65_HS1-834228961_62-HQ-83894_Section_10
Agency: FBI
Page 37
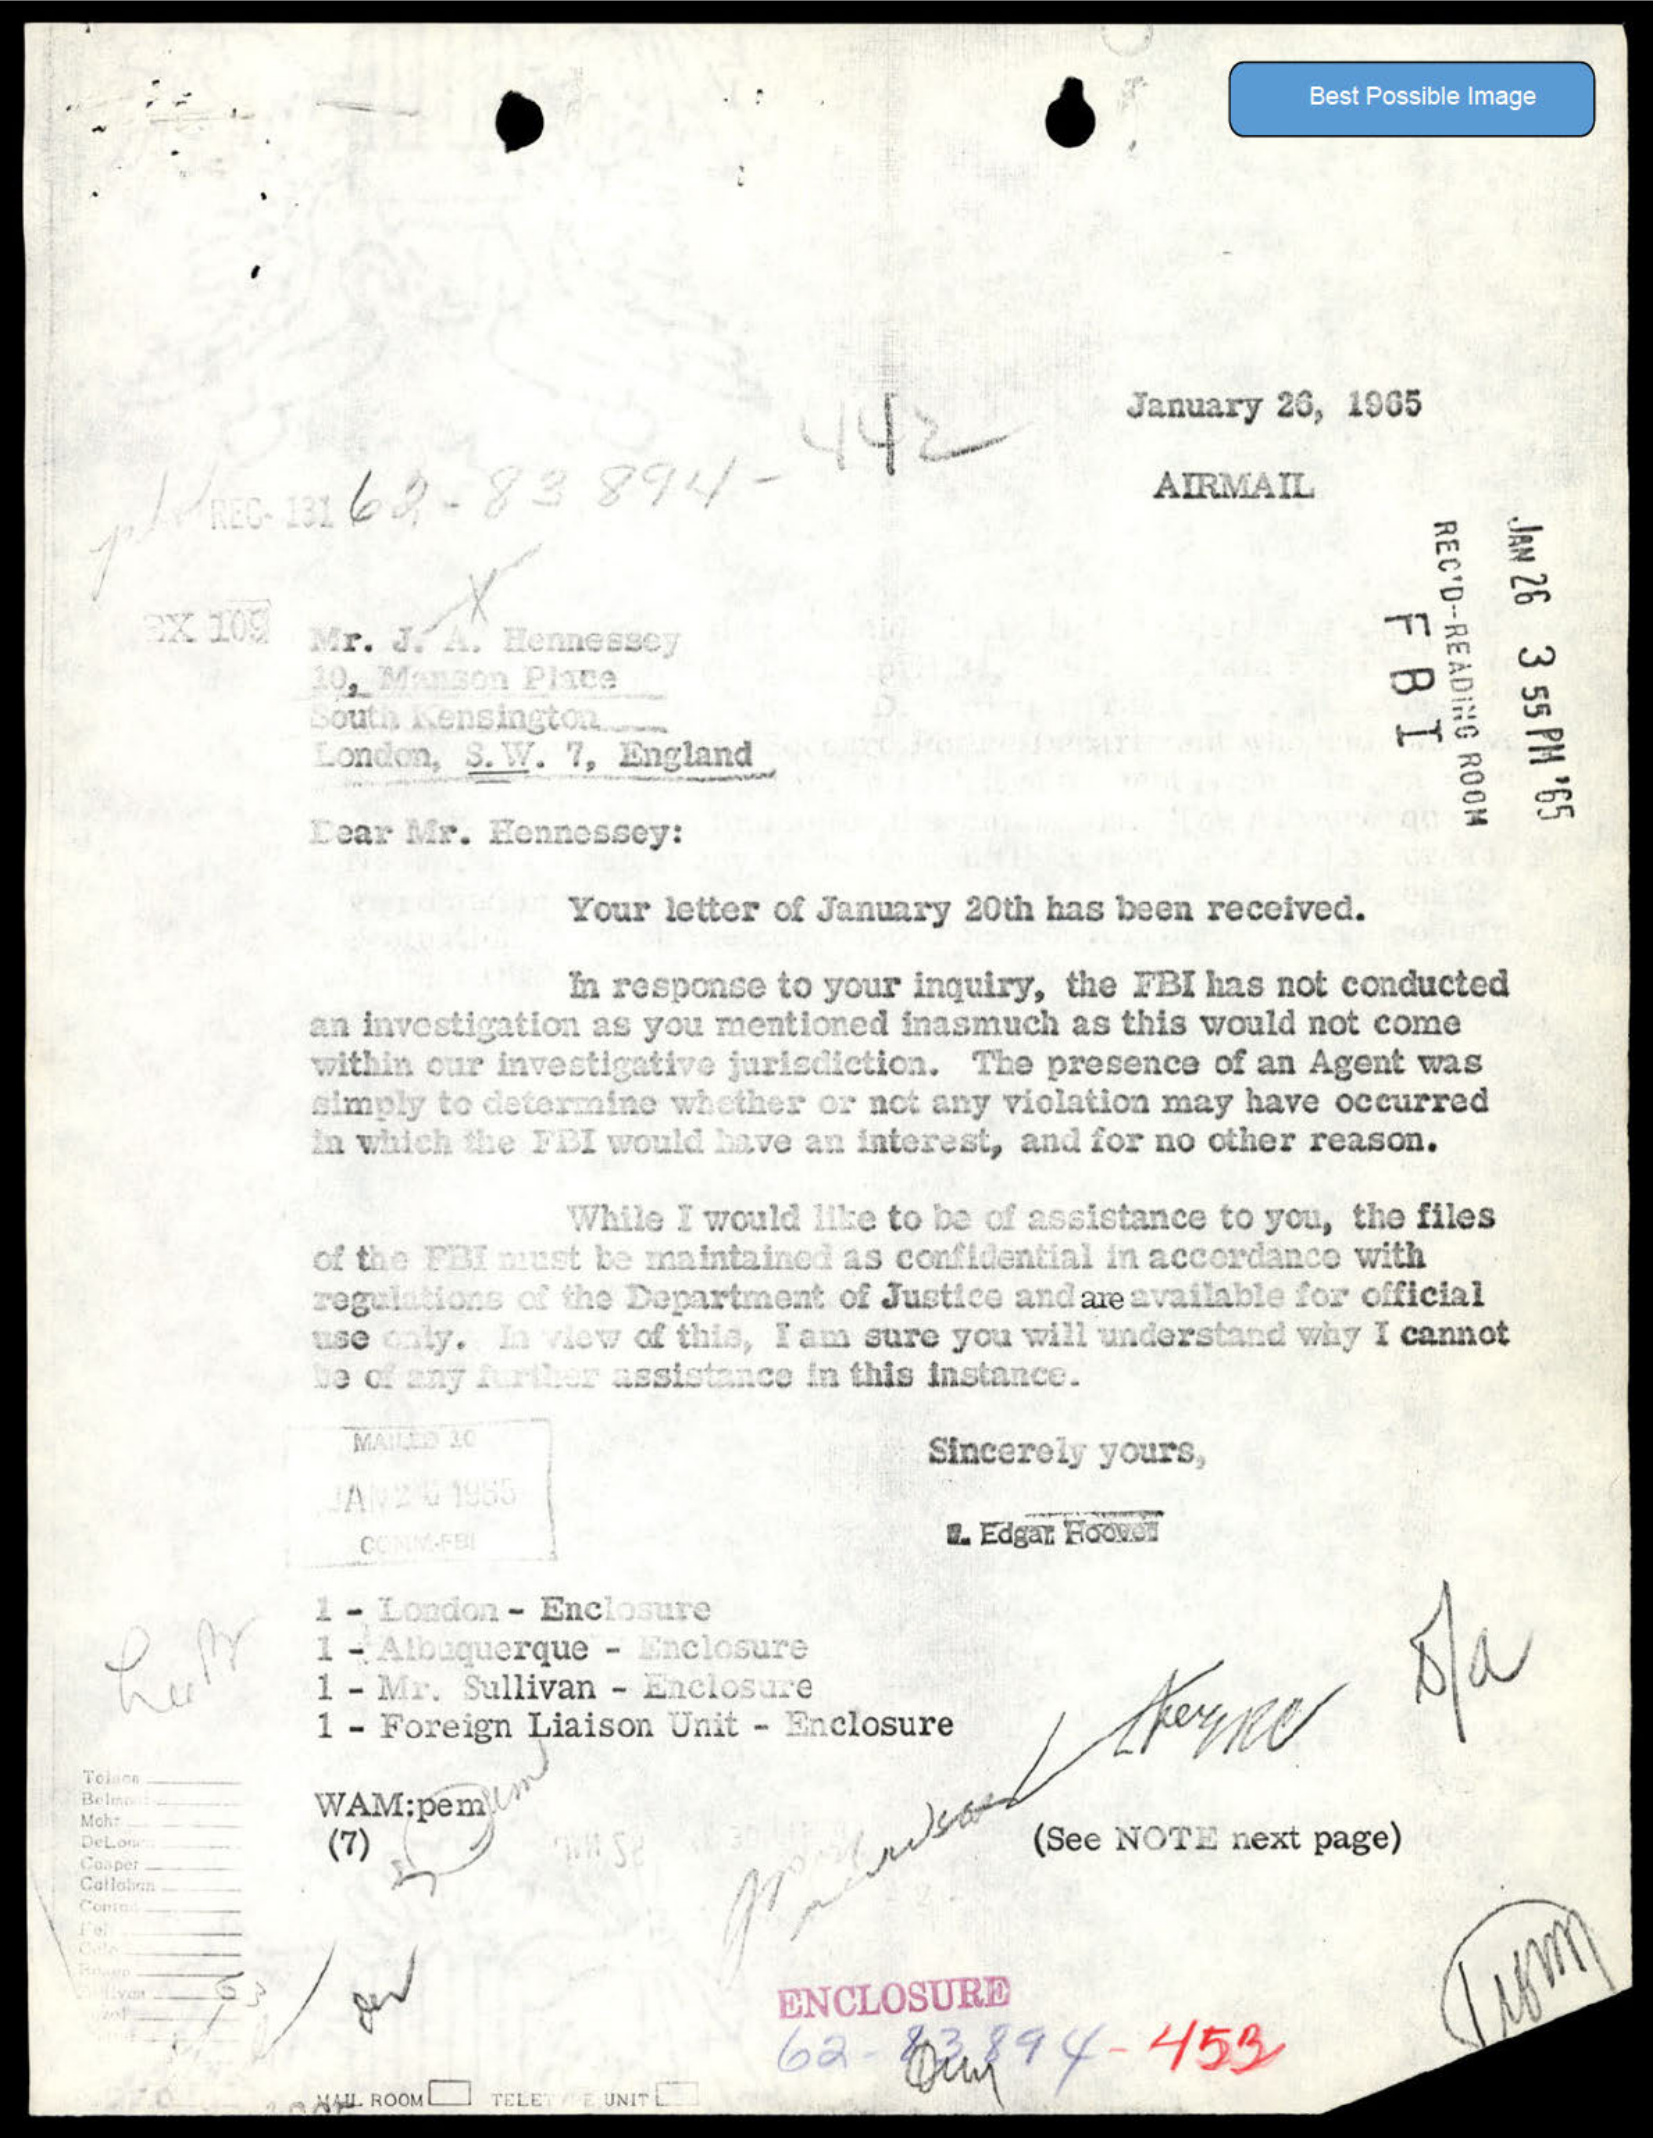